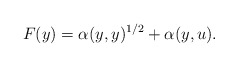
\begin{align*}F(y)=\alpha(y,y)^{1/2}+\alpha(y,u).\end{align*}